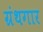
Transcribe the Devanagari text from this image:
ग्रंथगार